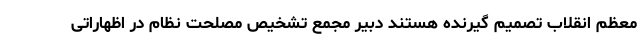
معظم انقلاب تصمیم گیرنده هستند دبیر مجمع تشخیص مصلحت نظام در اظهاراتی